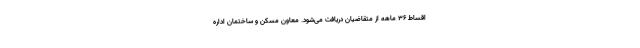
اقساط ۳۶ ماهه از متقاضیان دریافت می‌شود. معاون مسکن و ساختمان اداره